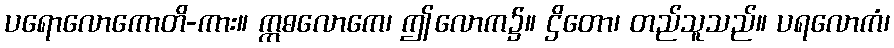
ပရောလောကောတိ-ကား။ ဣဓလောကေ၊ ဤလောက၌။ ဌိတော၊ တည်သူသည်။ ပရလောကံ၊